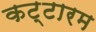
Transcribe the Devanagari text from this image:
कट्टारम